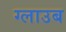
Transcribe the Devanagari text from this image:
ग्लाउब